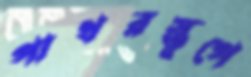
পাথরস্তূপে